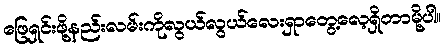
ဖြေရှင်းဖို့နည်းလမ်းကိုလွယ်လွယ်လေးရှာတွေ့လေ့ရှိတာမို့ပါ။